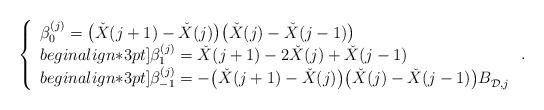
LaTeX: \begin{align*} \left\{\begin{array}{l} \beta_0^{(j)}=\bigl(\check{X}(j+1)-\check{X}(j)\bigr) \bigl(\check{X}(j)-\check{X}(j-1)\bigr)\\begin{align*}3pt] \beta_1^{(j)}=\check{X}(j+1)-2\check{X}(j)+\check{X}(j-1)\\begin{align*}3pt] \beta_{-1}^{(j)}=-\bigl(\check{X}(j+1)-\check{X}(j)\bigr) \bigl(\check{X}(j)-\check{X}(j-1)\bigr) B^{}_{\mathcal{D},j} \end{array}\right..\end{align*}